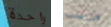
واحدة مارست